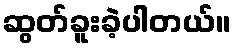
ဆွတ်ခူးခဲ့ပါတယ်။